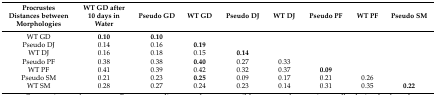
<table><thead><tr><td><b>Procrustes Distances between Morphologies</b></td><td><b>WT GD after 10 days in Water</b></td><td><b>Pseudo GD</b></td><td><b>WT GD</b></td><td><b>Pseudo DJ</b></td><td><b>WT DJ</b></td><td><b>Pseudo PF</b></td><td><b>WT PF</b></td><td><b>Pseudo SM</b></td></tr></thead><tbody><tr><td>WT GD</td><td><b>0.10</b></td><td><b>0.10</b></td><td></td><td></td><td></td><td></td><td></td><td></td></tr><tr><td>Pseudo DJ</td><td>0.14</td><td>0.16</td><td><b>0.19</b></td><td></td><td></td><td></td><td></td><td></td></tr><tr><td>WT DJ</td><td>0.16</td><td>0.18</td><td>0.15</td><td><b>0.14</b></td><td></td><td></td><td></td><td></td></tr><tr><td>Pseudo PF</td><td>0.38</td><td>0.38</td><td><b>0.40</b></td><td>0.27</td><td>0.33</td><td></td><td></td><td></td></tr><tr><td>WT PF</td><td>0.41</td><td>0.39</td><td>0.42</td><td>0.32</td><td>0.37</td><td><b>0.09</b></td><td></td><td></td></tr><tr><td>Pseudo SM</td><td>0.21</td><td>0.23</td><td><b>0.25</b></td><td>0.09</td><td>0.17</td><td>0.21</td><td>0.26</td><td></td></tr><tr><td>WT SM</td><td>0.28</td><td>0.27</td><td>0.24</td><td>0.23</td><td>0.14</td><td>0.31</td><td>0.35</td><td><b>0.22</b></td></tr></tbody></table>